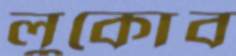
লুকোব